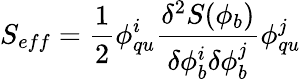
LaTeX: S_{eff}=\frac{1}{2}\phi_{qu}^{i}\frac{\delta^{2}S(\phi_{b})}{\delta\phi_{b}^{i}\delta\phi_{b}^{j}}\phi_{qu}^{j}